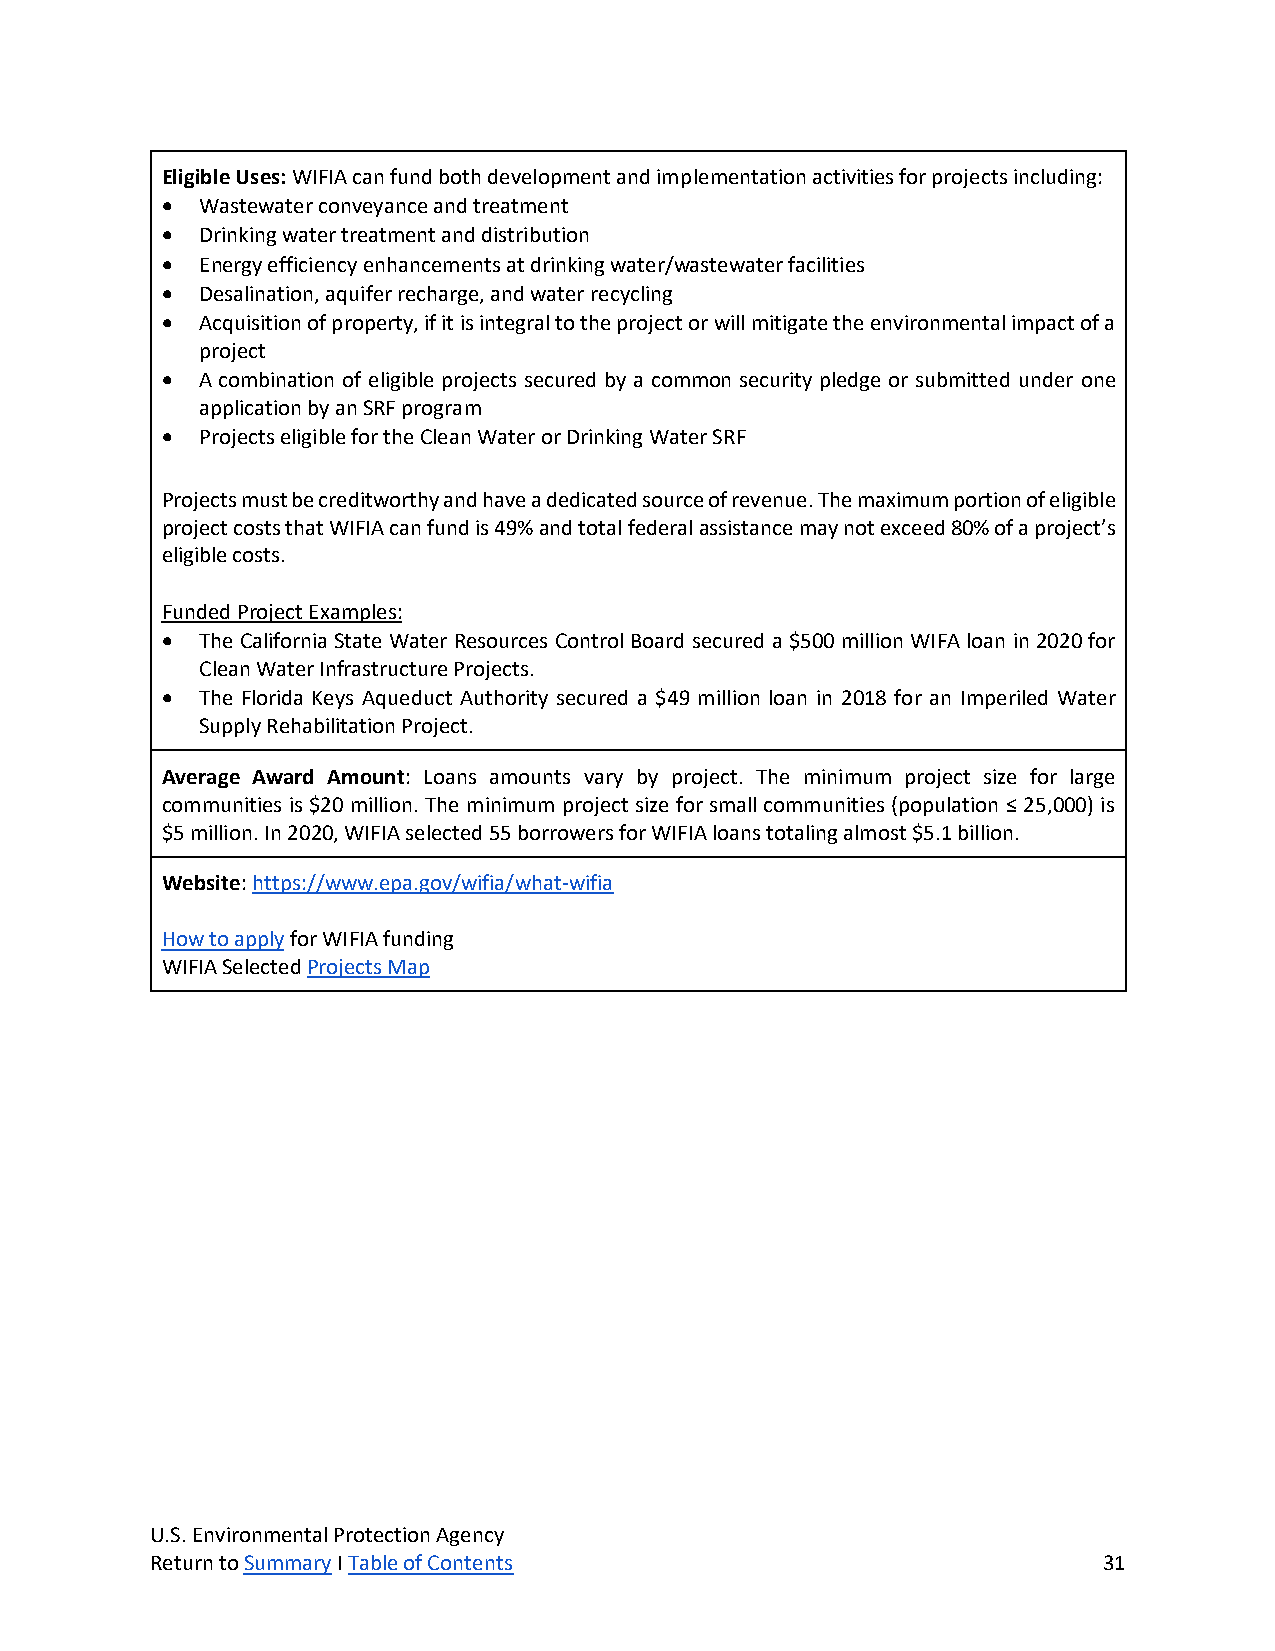
Eligible Uses: WIFIA can fund both development and implementation activities for projects including:
 • Wastewater conveyance and treatment
 • Drinking water treatment and distribution
 • Energy efficiency enhancements at drinking water/wastewater facilities
 • Desalination, aquifer recharge, and water recycling
 • Acquisition of property, if it is integral to the project or will mitigate the environmental impact of a
 project
 • A combination of eligible projects secured by a common security pledge or submitted under one
 application by an SRF program
 • Projects eligible for the Clean Water or Drinking Water SRF
 Projects must be creditworthy and have a dedicated source of revenue. The maximum portion of eligible
 project costs that WIFIA can fund is 49% and total federal assistance may not exceed 80% of a project’s
 eligible costs.
 Funded Project Examples:
 • The California State Water Resources Control Board secured a $500 million WIFA loan in 2020 for
 Clean Water Infrastructure Projects.
 • The Florida Keys Aqueduct Authority secured a $49 million loan in 2018 for an Imperiled Water
 Supply Rehabilitation Project.
 Average Award Amount: Loans amounts vary by project. The minimum project size for large
 communities is $20 million. The minimum project size for small communities (population ≤ 25,000) is
 $5 million. In 2020, WIFIA selected 55 borrowers for WIFIA loans totaling almost $5.1 billion.
 Website: https://www.epa.gov/wifia/what-wifia
 How to apply for WIFIA funding
 WIFIA Selected Projects Map
 U.S. Environmental Protection Agency
 Return to Summary I Table of Contents                          31